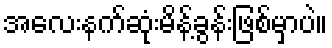
အလေးနက်ဆုံးမိန့်ခွန်းဖြစ်မှာပဲ။